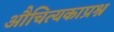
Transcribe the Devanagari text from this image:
औचित्यकाप्रश्न